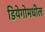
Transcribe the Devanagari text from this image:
डियेगोमधील